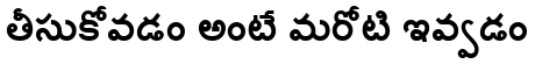
తీసుకోవడం అంటే మరోటి ఇవ్వడం